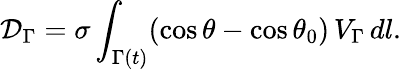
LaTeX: \mathcal{D}_{\Gamma}=\sigma\int_{\Gamma(t)}(\cos\theta-\cos\theta_{0})\, V_{\Gamma}\, dl.